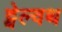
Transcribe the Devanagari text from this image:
ट्वेल्वथ